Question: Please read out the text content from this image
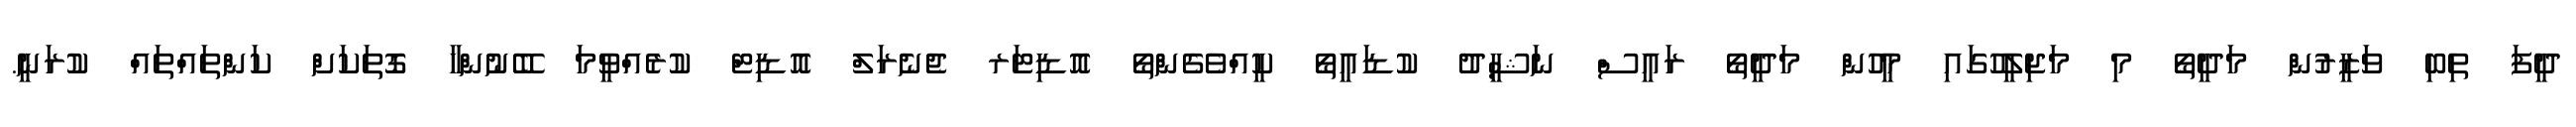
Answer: ދީފަ ތިބި ވަޒީރުން މަދީތޯ މި މަޖިލީހުގައި މީހުން މަދީތޯ ރައީސް ނަޝީދު ކުޑައީތޯ ކީއްވެގެންތޯ އޮޑިޓަރ ޖެނެރަލް އޮޑިޓް ކުރެއްވީމަ ބޭނުންހާ ގޮތަކަށް ކަންތައްތައް ކުރަނީ.